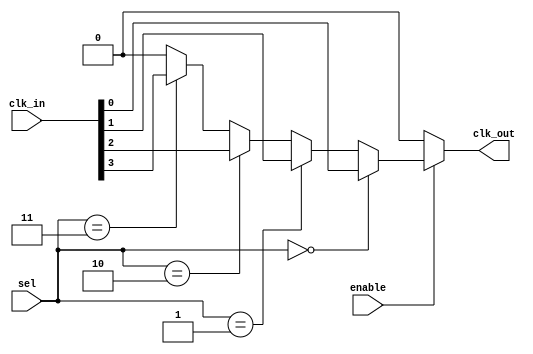
module clk_mux_buffer #(
    parameter NUM_CLKS = 4  // Number of clock inputs
)(
    input wire [NUM_CLKS-1:0] clk_in,  // Multiple clock inputs
    input wire [($clog2(NUM_CLKS)-1):0] sel, // Selection input
    input wire enable,                  // Enable signal
    output reg clk_out                  // Clock output
);

// Internal signal to hold the selected clock
wire selected_clk;

// Multiplexer logic to select the appropriate clock input
assign selected_clk = (sel == 0) ? clk_in[0] :
                      (sel == 1) ? clk_in[1] :
                      (sel == 2) ? clk_in[2] :
                      (sel == 3) ? clk_in[3] : 1'b0;

// Always block to control the output clock based on enable
always @(*) begin
    if (enable) begin
        clk_out = selected_clk;  // Route the selected clock to output
    end else begin
        clk_out = 1'b0;           // Hold clk_out low when not enabled
    end
end

endmodule